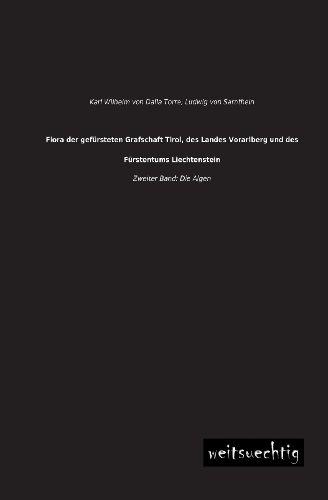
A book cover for Flora der gefuersteten Grafschaft Tirol, des Landes Vorarlberg und des Fuerstentum Liechtenstein: Zweiter Band: Die Algen (German Edition); Karl Wilhelm von Dalla Torre; Travel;